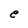
Character: e